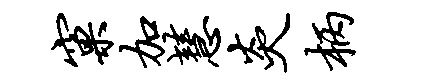
窠加慧炎柄